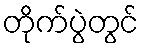
တိုက်ပွဲတွင်